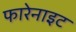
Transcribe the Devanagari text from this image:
फारेनाइट